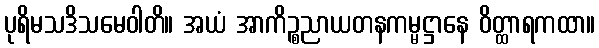
ပုရိမသဒိသမေဝါတိ။ အယံ အာကိဉ္စညာယတနကမ္မဋ္ဌာနေ ဝိတ္ထာရကထာ။